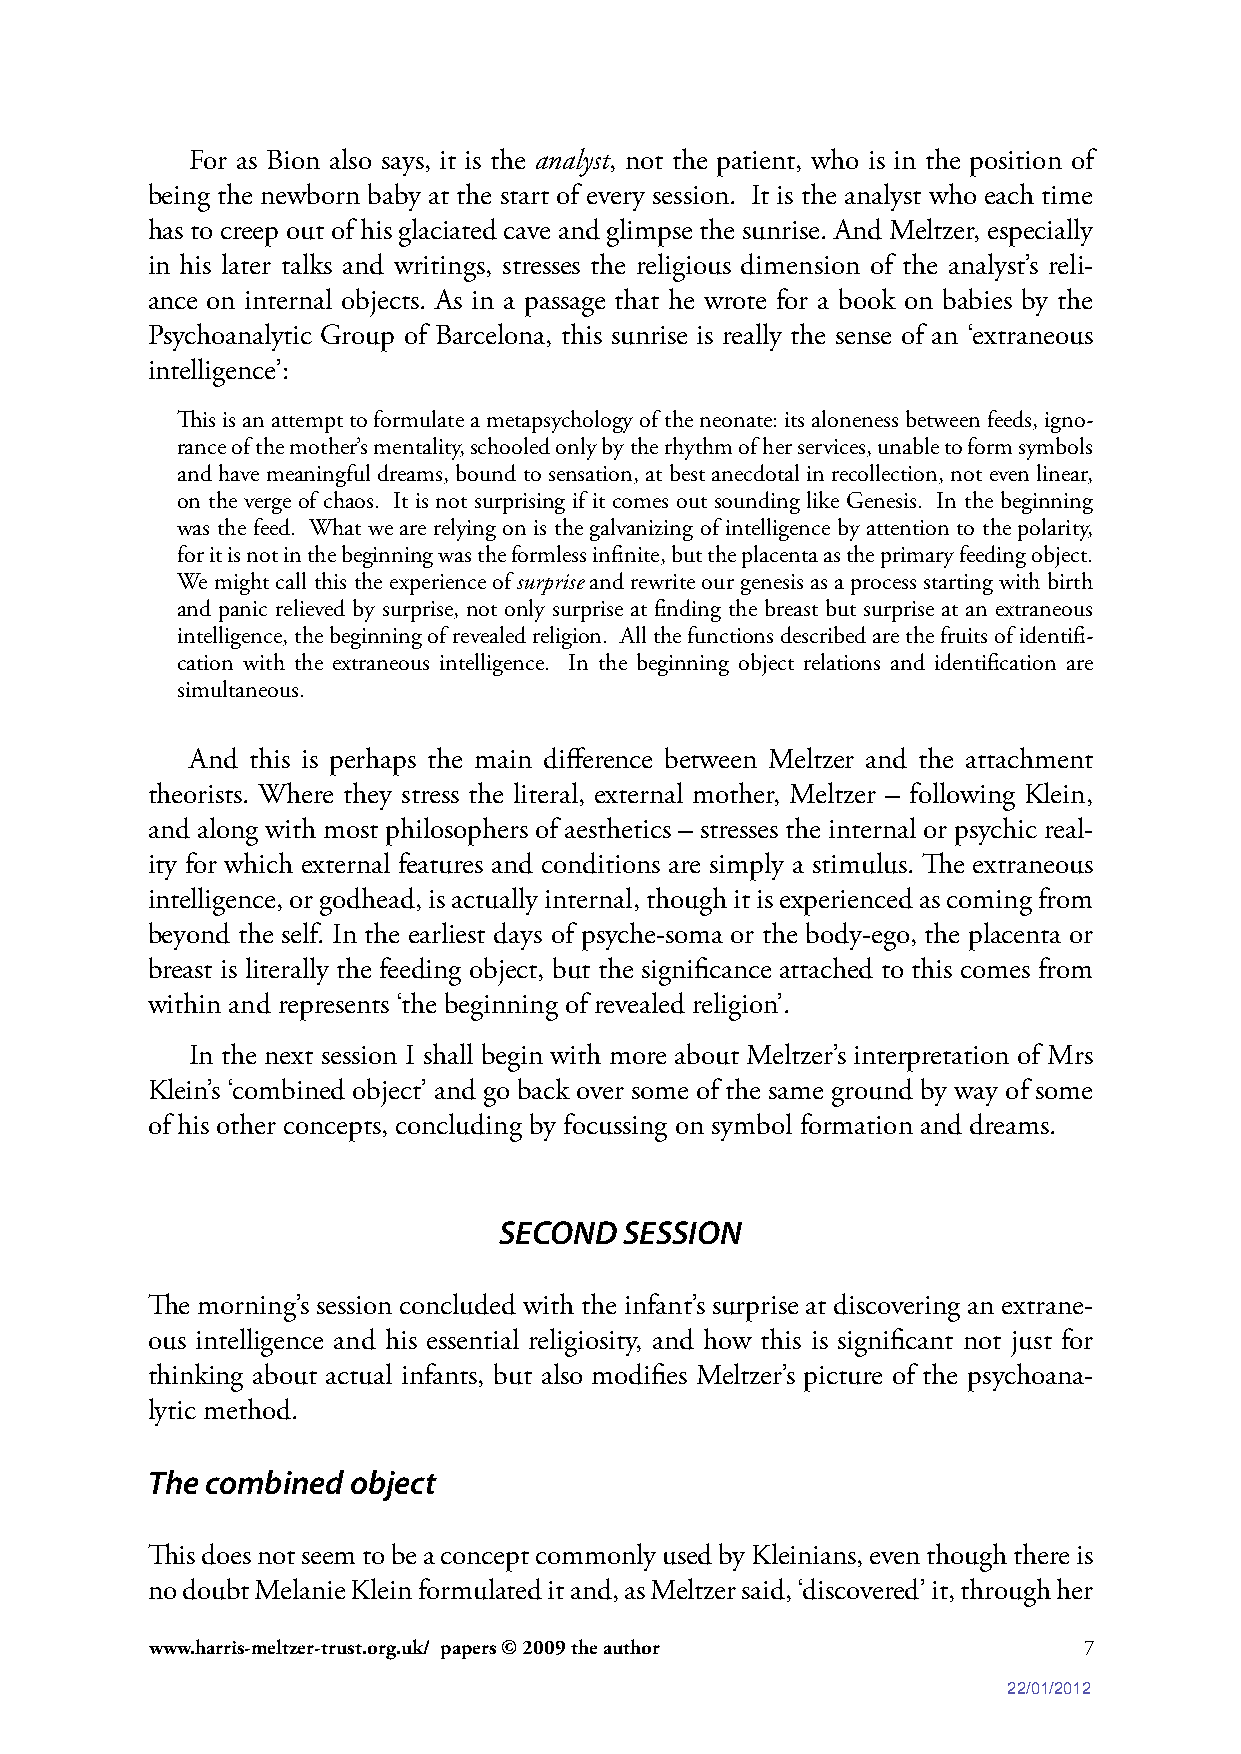
For as Bion also says, it is the analyst, not the patient, who is in the position of
 being the newborn baby at the start of every session. It is the analyst who each time
 has to creep out of his glaciated cave and glimpse the sunrise. And Meltzer, especially
 in his later talks and writings, stresses the religious dimension of the analyst’s reli-
 ance on internal objects. As in a passage that he wrote for a book on babies by the
 Psychoanalytic Group of Barcelona, this sunrise is really the sense of an ‘extraneous
 intelligence’:
 This is an attempt to formulate a metapsychology of the neonate: its aloneness between feeds, igno-
 rance of the mother’s mentality, schooled only by the rhythm of her services, unable to form symbols
 and have meaningful dreams, bound to sensation, at best anecdotal in recollection, not even linear,
 on the verge of chaos. It is not surprising if it comes out sounding like Genesis. In the beginning
 was the feed. What we are relying on is the galvanizing of intelligence by attention to the polarity,
 for it is not in the beginning was the formless infinite, but the placenta as the primary feeding object.
 We might call this the experience of surprise and rewrite our genesis as a process starting with birth
 and panic relieved by surprise, not only surprise at finding the breast but surprise at an extraneous
 intelligence, the beginning of revealed religion. All the functions described are the fruits of identifi-
 cation with the extraneous intelligence. In the beginning object relations and identification are
 simultaneous.
 And this is perhaps the main difference between Meltzer and the attachment
 theorists. Where they stress the literal, external mother, Meltzer – following Klein,
 and along with most philosophers of aesthetics – stresses the internal or psychic real-
 ity for which external features and conditions are simply a stimulus. The extraneous
 intelligence, or godhead, is actually internal, though it is experienced as coming from
 beyond the self. In the earliest days of psyche-soma or the body-ego, the placenta or
 breast is literally the feeding object, but the significance attached to this comes from
 within and represents ‘the beginning of revealed religion’.
 In the next session I shall begin with more about Meltzer’s interpretation of Mrs
 Klein’s ‘combined object’ and go back over some of the same ground by way of some
 of his other concepts, concluding by focussing on symbol formation and dreams.
 SECOND  SESSION
 The morning’s session concluded with the infant’s surprise at discovering an extrane-
 ous intelligence and his essential religiosity, and how this is significant not just for
 thinking about actual infants, but also modifies Meltzer’s picture of the psychoana-
 lytic method.
 The combined object
 This does not seem to be a concept commonly used by Kleinians, even though there is
 no doubt Melanie Klein formulated it and, as Meltzer said, ‘discovered’ it, through her
 www.harris-meltzer-trust.org.uk/ papers © 2009 the author     7
 22/01/2012